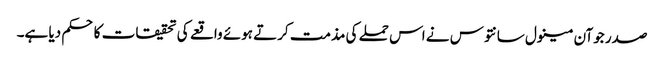
صدر جوآن مینول سانتوس نے اس حملے کی مذمت کرتے ہوئے واقعے کی تحقیقات کا حکم دیا ہے۔